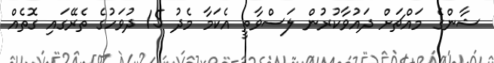
ޝާންގެ މައްޗަށް ދައުވާކުރުން ލަސްވާތީ އެކަމާ މެދު 15 ދުވަހުގެ ތެރޭގައި ގޮތެއް